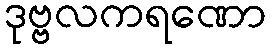
ဒုဗ္ဗလကရဏော